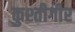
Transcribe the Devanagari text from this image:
कुश्तीगीर